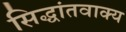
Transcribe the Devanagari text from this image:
सिद्धांतवाक्य